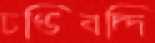
চণ্ডিবদ্দি